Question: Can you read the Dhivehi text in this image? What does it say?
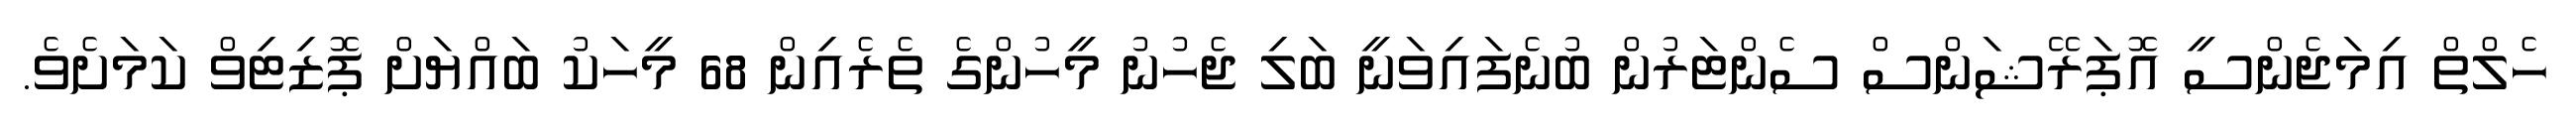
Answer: ހެލްތް އިމަޖެންސީ އޮޕަރޭޝަންސް ސެންޓަރުން ބުނެފައިވަނީ ބަލި ޖެހުނު މީހުންގެ ތެރެއިން 68 މީހަކު ބައްޔަށް ޕޮޒިޓިވް ކަމަށެވެ.